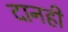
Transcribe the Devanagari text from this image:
दानही